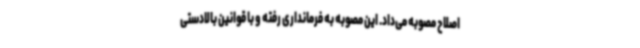
اصلاح مصوبه می‌داد. این مصوبه به فرمانداری رفته و با قوانین بالادستی